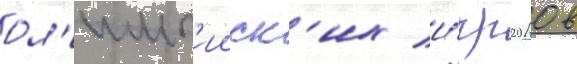
ол'имп'ииск'их и́гр 2010 в